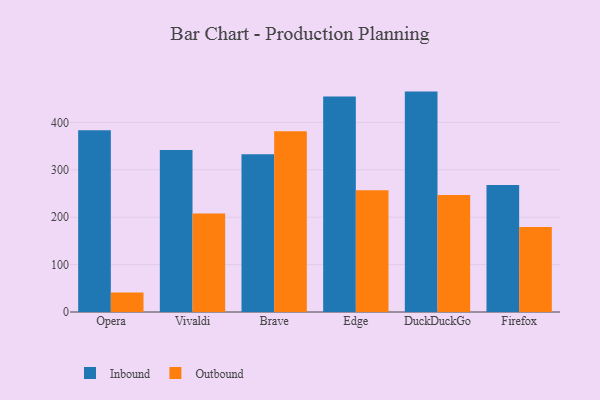
{"axis": {"x": "Browser", "y": "Temperature (°C)"}, "legend": ["Inbound", "Outbound"], "data": [{"x": "Opera", "y": 383.5, "type": "Inbound"}, {"x": "Opera", "y": 41.3, "type": "Outbound"}, {"x": "Vivaldi", "y": 341.7, "type": "Inbound"}, {"x": "Vivaldi", "y": 208.0, "type": "Outbound"}, {"x": "Brave", "y": 332.8, "type": "Inbound"}, {"x": "Brave", "y": 381.2, "type": "Outbound"}, {"x": "Edge", "y": 454.8, "type": "Inbound"}, {"x": "Edge", "y": 256.7, "type": "Outbound"}, {"x": "DuckDuckGo", "y": 465.0, "type": "Inbound"}, {"x": "DuckDuckGo", "y": 246.8, "type": "Outbound"}, {"x": "Firefox", "y": 267.9, "type": "Inbound"}, {"x": "Firefox", "y": 179.5, "type": "Outbound"}]}